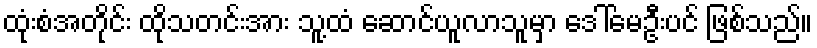
ထုံးစံအတိုင်း ထိုသတင်းအား သူ့ထံ ဆောင်ယူလာသူမှာ ဒေါ်မေဦးပင် ဖြစ်သည်။